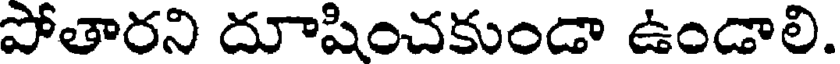
పోతారని దూషించకుండా ఉండాలి.